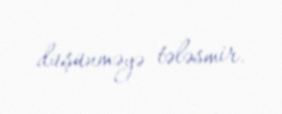
düşünməyə tələsmir.